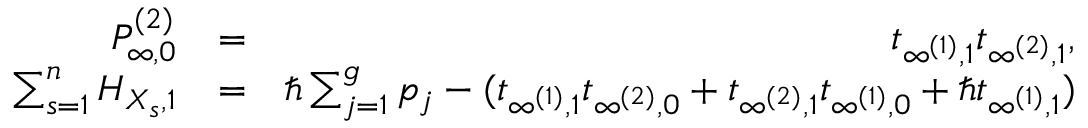
\begin{array} { r l r } { P _ { \infty , 0 } ^ { ( 2 ) } } & { = } & { t _ { \infty ^ { ( 1 ) } , 1 } t _ { \infty ^ { ( 2 ) } , 1 } , } \\ { \sum _ { s = 1 } ^ { n } H _ { X _ { s } , 1 } } & { = } & { \hbar \sum _ { j = 1 } ^ { g } p _ { j } - ( t _ { \infty ^ { ( 1 ) } , 1 } t _ { \infty ^ { ( 2 ) } , 0 } + t _ { \infty ^ { ( 2 ) } , 1 } t _ { \infty ^ { ( 1 ) } , 0 } + \hbar t _ { \infty ^ { ( 1 ) } , 1 } ) } \end{array}